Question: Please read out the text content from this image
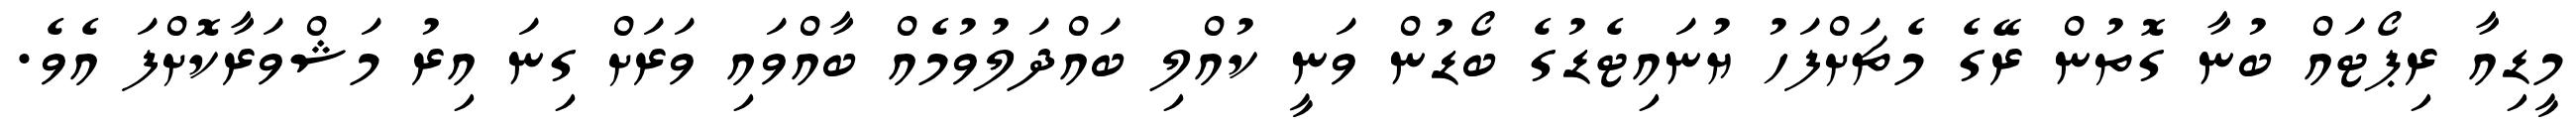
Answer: މީޑިއާ ރިޕޯޓައް ބުނާ ގޮތުން ރޭގެ މެޗަށްފަހު ޔުނައިޓެޑުގެ ބޯޑުން ވަނީ ކުއްލި ބައްދަލުވުމެއް ބާއްވައި ވަރަށް ގިނަ އިރު މަޝްވަރާކޮށްފަ އެވެ.